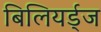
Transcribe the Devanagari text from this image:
बिलियर्ड्‌ज